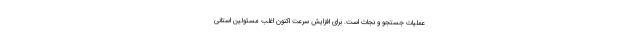
عملیات جستجو و نجات است. برای افزایش سرعت اکنون اغلب مسئولین استانی